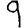
Digit: 9